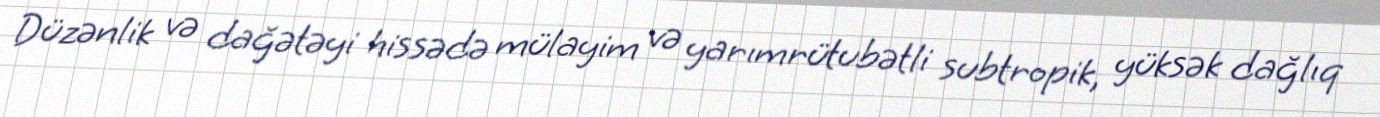
Düzənlik və dağətəyi hissədə mülayim və yarımrütubətli subtropik, yüksək dağlıq